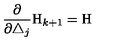
\frac \partial { \partial \triangle _ { j } } \mathrm { H } _ { k + 1 } = \mathrm { H }